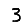
Digit: 3